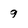
Character: 9